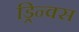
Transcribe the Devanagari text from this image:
ड्रिन्क्स